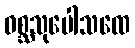
ဝစ္ဆသုပေါသထေ